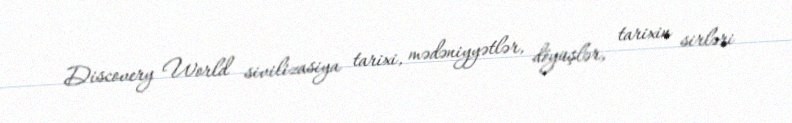
Discovery World sivilizasiya tarixi, mədəniyyətlər, döyüşlər, tarixin sirləri